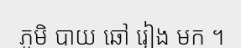
ភូមិ បាយ ឆៅ រៀង មក ។